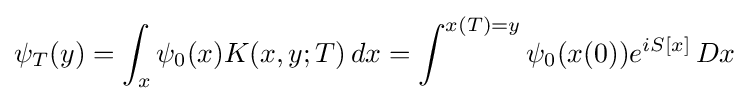
\psi _{T}(y)=\int _{x}\psi _{0}(x)K(x,y;T)\,dx=\int ^{x(T)=y}\psi _{0}(x(0))e^{iS[x]}\,Dx